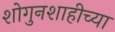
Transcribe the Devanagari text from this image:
शोगुनशाहीच्या